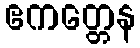
ဧကတ္တေန